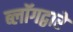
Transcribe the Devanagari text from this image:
ब्लॉगद्वारे